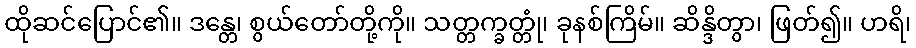
ထိုဆင်ပြောင်၏။ ဒန္တေ၊ စွယ်တော်တို့ကို။ သတ္တက္ခတ္တုံ၊ ခုနစ်ကြိမ်။ ဆိန္ဒိတွာ၊ ဖြတ်၍။ ဟရိ၊